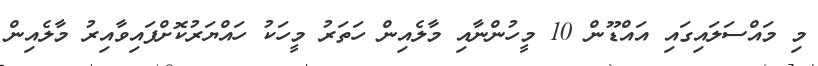
މި މައްސަލައިގައި އައްޑޫން 10 މީހުންނާއި މާލެއިން ހަތަރު މީހަކު ހައްޔަރުކޮށްފައިވާއިރު މާލެއިން